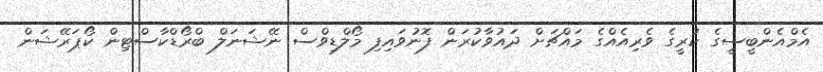
އެމްއެންބީސީގެ ކުރީގެ ވެރިއެއްގެ މައްޗަށް ދައުވާކުރަން ފޮނުވައިފި މޯލްޑިވްސް ނޭޝަނަލް ބްރޯޑްކާސްޓިން ކޯޕަރޭޝަން